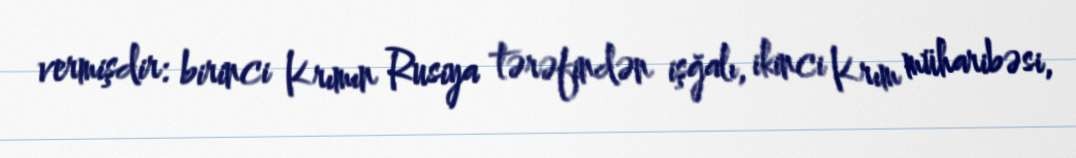
vermişdir: birinci Krımın Rusiya tərəfindən işğalı, ikinci Krım müharibəsi,